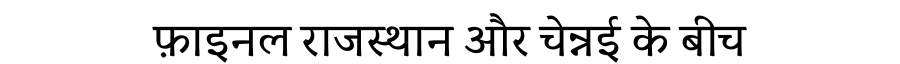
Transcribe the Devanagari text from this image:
फ़ाइनल राजस्थान और चेन्नई के बीच